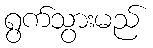
ရွက်သွားမည်